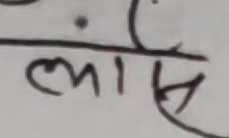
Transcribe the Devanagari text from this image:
लाँस